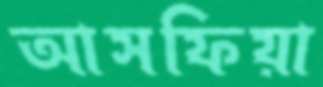
আসফিয়া